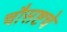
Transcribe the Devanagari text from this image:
चौसष्टचे